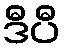
ဒီပီ